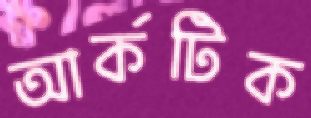
আর্কটিক